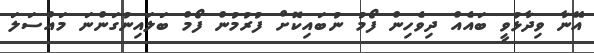
އޭނާ ވިދާޅުވީ ބައެއް ދިވެހިން ފޯމު ނުބައިކޮށް ފުރުމުން ފޯމް ބަލައިނުގަންނަ މައްސަލަ